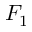
F _ { 1 }